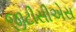
જીટીસીએસ